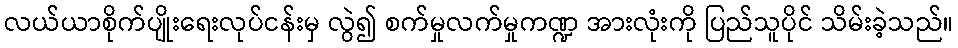
လယ်ယာစိုက်ပျိုးရေးလုပ်ငန်းမှ လွဲ၍ စက်မှုလက်မှုကဏ္ဍ အားလုံးကို ပြည်သူပိုင် သိမ်းခဲ့သည်။